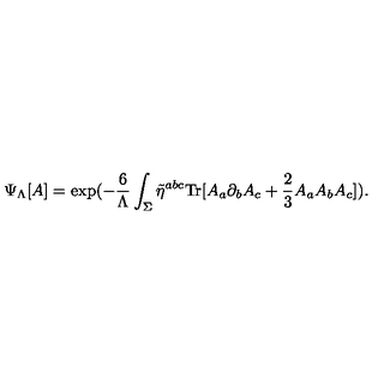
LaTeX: \Psi _ { \Lambda } [ A ] = \mathrm { e x p } ( - \frac { 6 } { \Lambda } \int _ { \Sigma } \tilde { \eta } ^ { a b c } \mathrm { T r } [ A _ { a } \partial _ { b } A _ { c } + \frac { 2 } { 3 } A _ { a } A _ { b } A _ { c } ] ) .